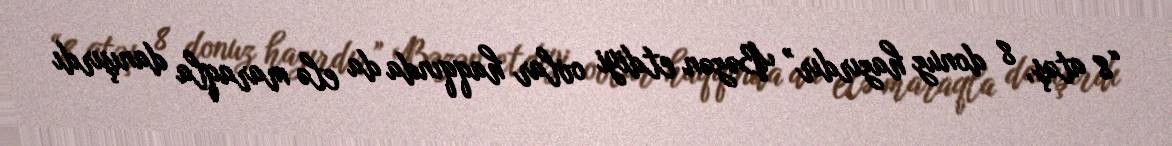
“8 atəş, 8 donuz hazırdır” Bəzən etdiyi ovlar haqqında da elə maraqla danışırdı